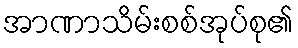
အာဏာသိမ်းစစ်အုပ်စု၏